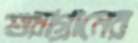
শুয়াগ্রামের